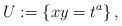
LaTeX: \begin{align*} U:=\left\{ xy= t^{a}\right\},\end{align*}